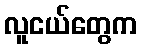
လူငယ်တွေက